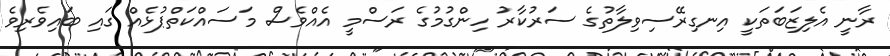
ރާނީ އެލިޒަބަތަކީ އިނގިރޭސިވިލާތުގެ ސަރުކާރު ހިންގުމުގެ ރަސްމީ އެއްވެސް މަސައްކަތްޕުޅެއް ގައި ބައިވެރިވެ